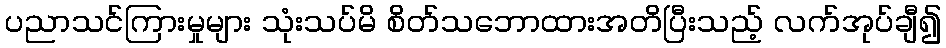
ပညာသင်ကြားမှုများ သုံးသပ်မိ စိတ်သဘောထားအတိပြီးသည့် လက်အုပ်ချီ၍